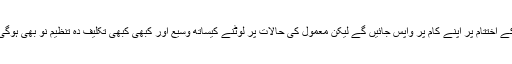
احمدی نے کہا کہ اگرچہ بے روزگار ہونے والے افراد، بحران کے اختتام پر اپنے کام پر واپس جائیں گے لیکن معمول کی حالات پر لوٹنے کیساتھ وسیع اور کبھی کبھی تکلیف دہ تنظیم نو بھی ہوگی اور ان عوامل کے نتیجے میں معاون رجحانات میں اضافہ ہوگا۔